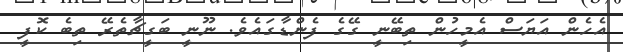
އެހެން އަޔަސް އެމީހުން ތިބޭނީ ގޭގެ ފެންޑާގައެވެ. ނޫނީ ބަގީޗާތެރޭ ތިބެ ކޮފީ